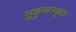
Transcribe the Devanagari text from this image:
सुकुमारघृता